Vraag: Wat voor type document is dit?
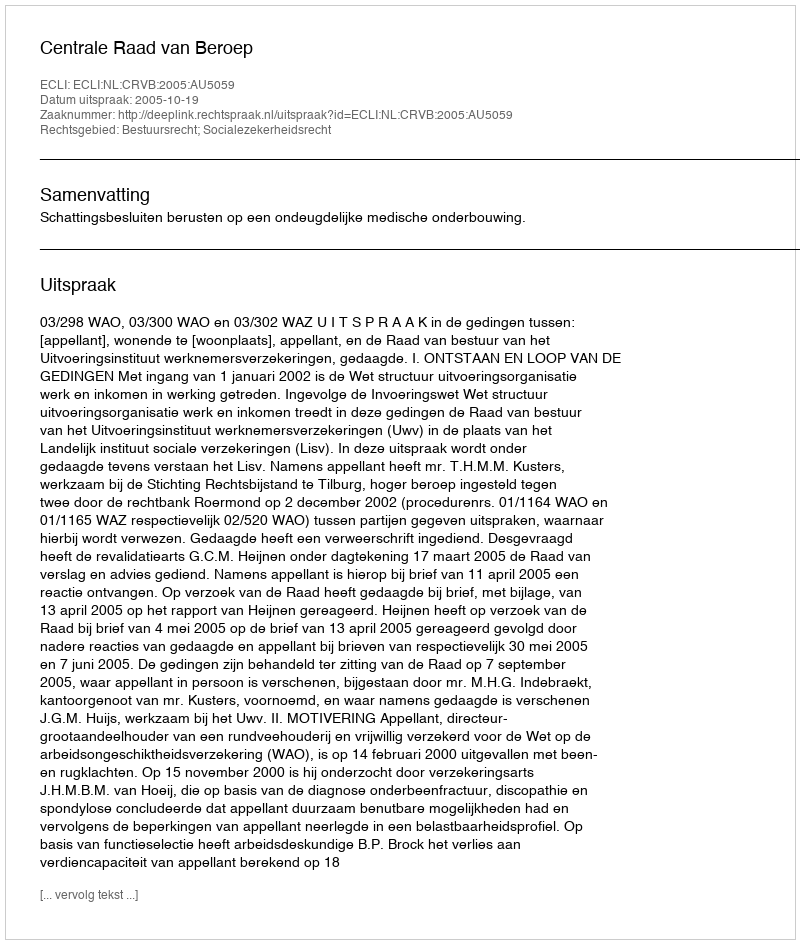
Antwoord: Uitspraak